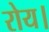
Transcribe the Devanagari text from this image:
रोय।